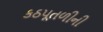
કઠપૂતળીની